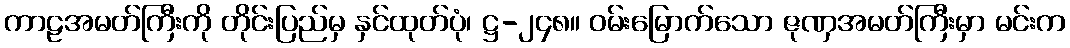
ကာဠအမတ်ကြီးကို တိုင်းပြည်မှ နှင်ထုတ်ပုံ၊ ဋ္ဌ-၂၄၈။ ဝမ်းမြောက်သော ဇုဏှအမတ်ကြီးမှာ မင်းက